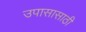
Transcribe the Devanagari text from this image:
उपासासाठी